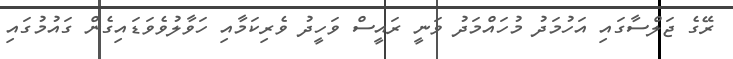
ރޭގެ ޖަލްސާގައި އަހުމަދު މުހައްމަދު ވަނީ ރައީސް ވަހީދު ވެރިކަމާއި ހަވާލުވެވަޑައިގެން ގައުމުގައި